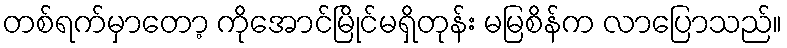
တစ်ရက်မှာတော့ ကိုအောင်မြိုင်မရှိတုန်း မမြစိန်က လာပြောသည်။